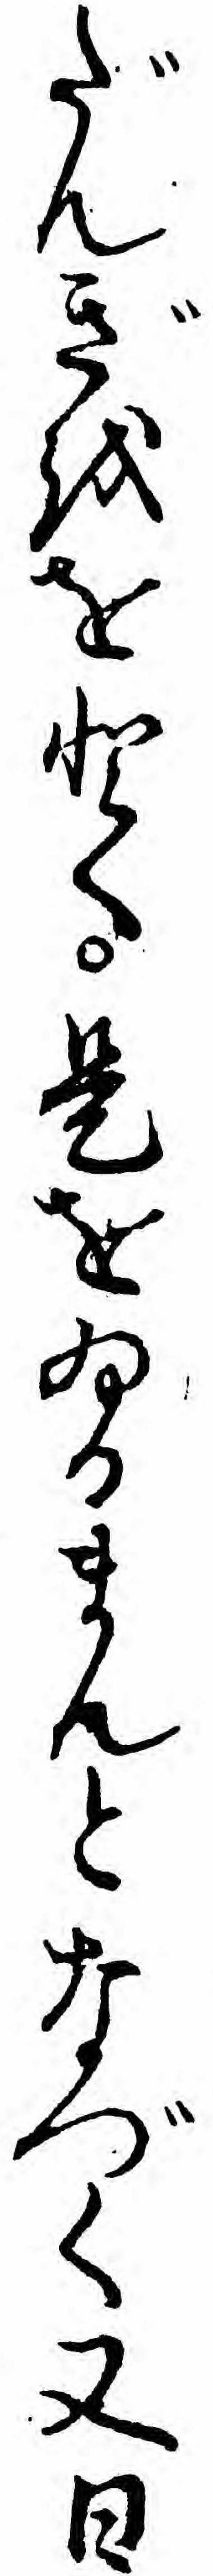
だんぎををとく是をゐるまんとなづく又日